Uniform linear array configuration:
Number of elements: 48
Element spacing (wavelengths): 0.25
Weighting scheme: uniform
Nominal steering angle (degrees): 60
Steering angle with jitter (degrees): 61.441
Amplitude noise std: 0.05
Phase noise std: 0.05

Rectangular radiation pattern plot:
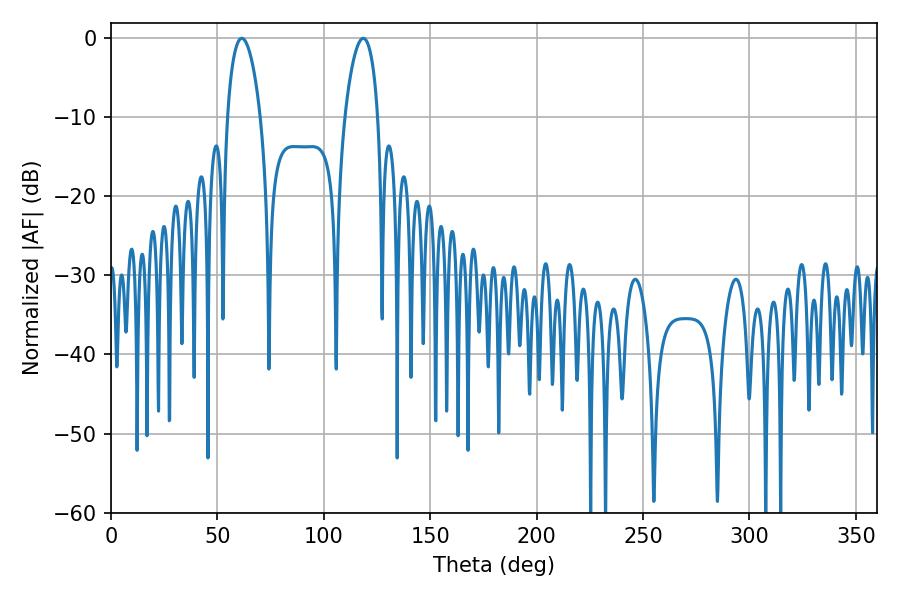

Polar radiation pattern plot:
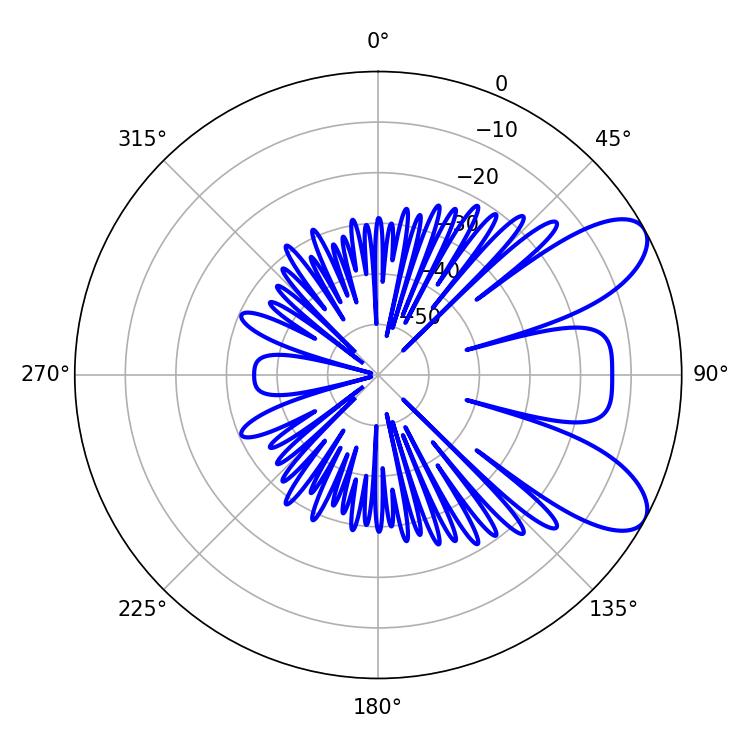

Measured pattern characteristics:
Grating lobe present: FALSE
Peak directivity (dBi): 8.13
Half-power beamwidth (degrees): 8.82
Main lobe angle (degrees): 61.38